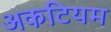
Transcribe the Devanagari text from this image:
अकटियम